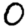
Digit: 0